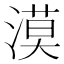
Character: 漠